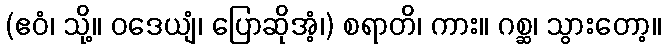
(ဧဝံ၊ သို့။ ဝဒေယျံ၊ ပြောဆိုအံ့၊) စရာတိ၊ ကား။ ဂစ္ဆ၊ သွားတော့။